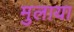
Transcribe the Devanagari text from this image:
मुलाया